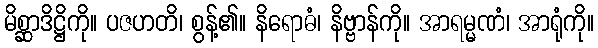
မိစ္ဆာဒိဋ္ဌိကို။ ပဇဟတိ၊ စွန့်၏။ နိရောဓံ၊ နိဗ္ဗာန်ကို။ အာရမ္မဏံ၊ အာရုံကို။